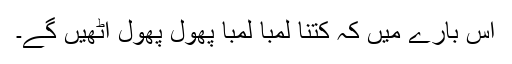
اس بارے میں کہ کتنا لمبا لمبا پھول پھول اٹھیں گے۔